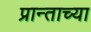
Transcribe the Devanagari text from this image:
प्रान्ताच्या